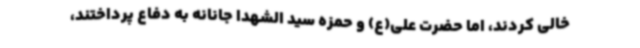
خالی کردند، اما حضرت علی(ع) و حمزه سید الشهدا جانانه به دفاع پرداختند،